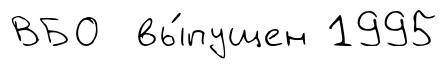
ВБО вы́пущен 1995